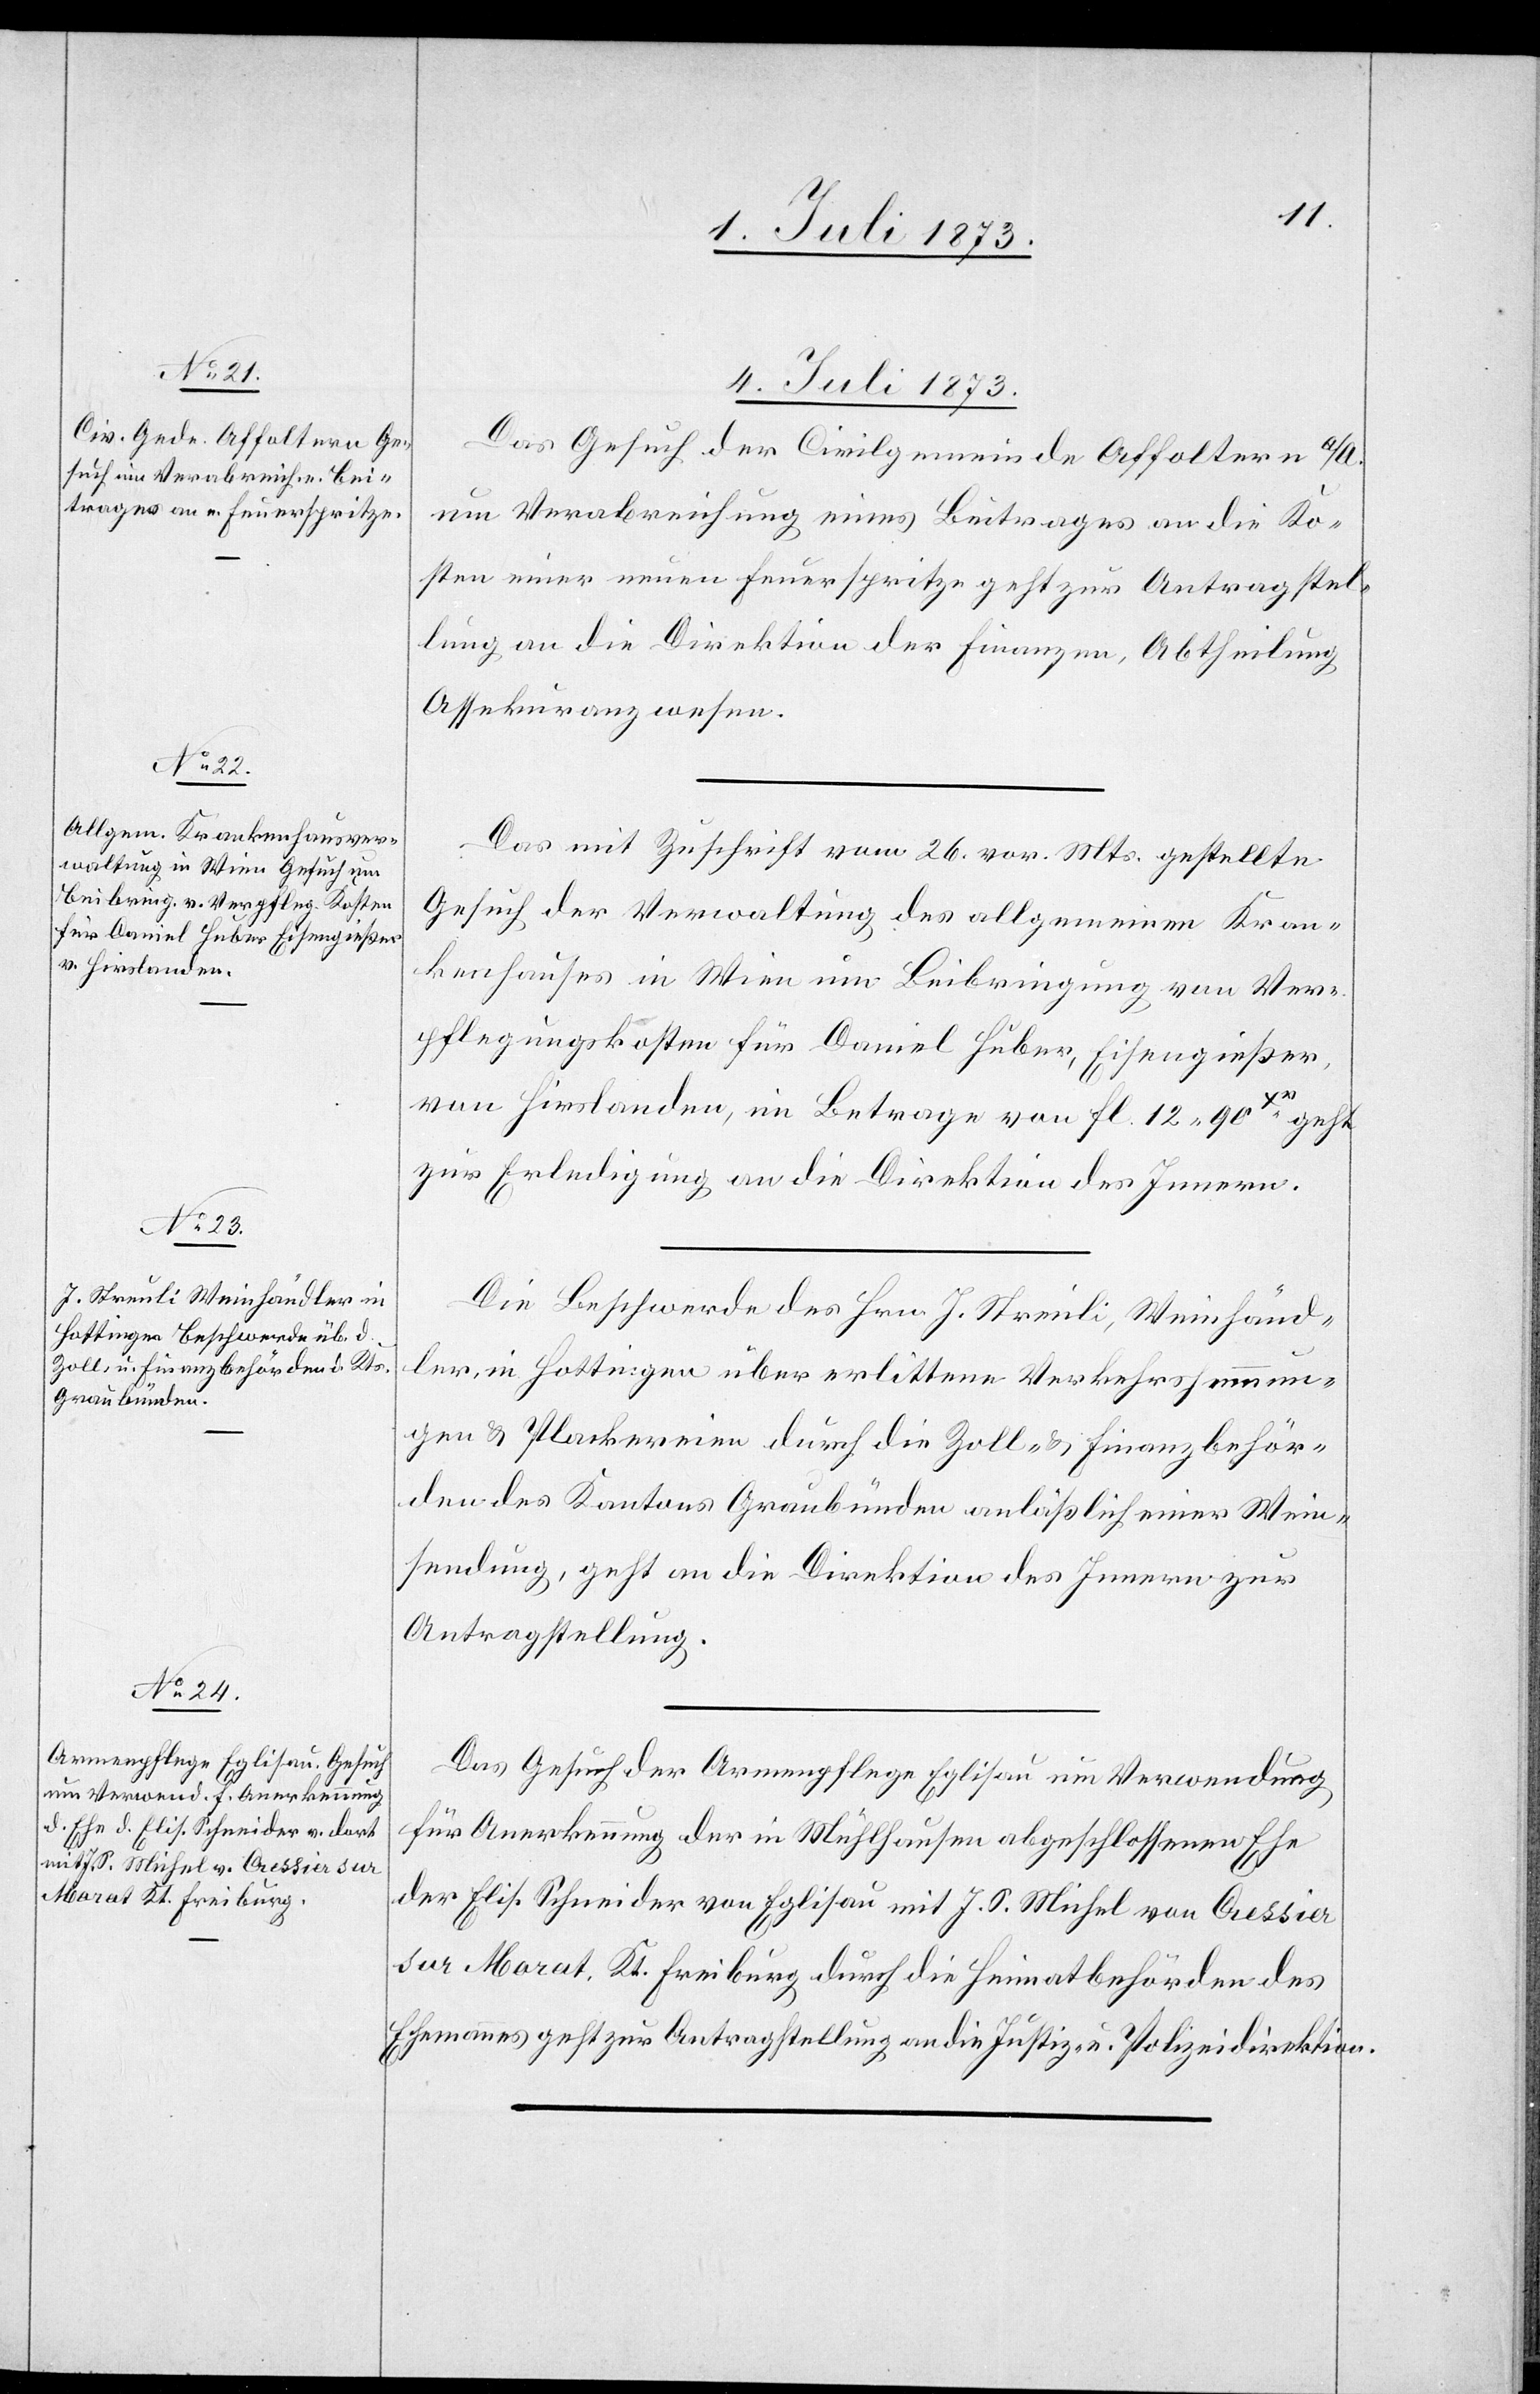
4. Juli 1873.]
Das Gesuch der Civilgemeinde Affoltern a/A.
um Verabreichung eines Beitrages an die Ko¬
sten einer neuen Feuerspritze geht zur Antragstel¬
lung an die Direktion der Finanzen, Abtheilung
Assekuranzwesen.
Das mit Zuschrift vom 26. vor. Mts. gestellte
Gesuch der Verwaltung des allgemeinen Kran¬
kenhauses in Wien um Beibringung von Ver¬
pflegungskosten für Daniel Huber, Eisengießer
von Hirslanden, im Betrage von Fl. 12 90Xr geht
zur Erledigung an die Direktion des Innern.
Die Beschwerde des Hrn. J. Streuli, Weinhänd¬
ler, in Hottingen über erlittene Verkehrshemmun¬
gen & Plackereien durch die Zoll- & Finanzbehör¬
den des Kantons Graubünden anläßlich einer Wein¬
sendung, geht an die Direktion des Innern zur
Antragstellung.
Das Gesuch der Armenpflege Eglisau um Verwendung
für Anerkennung der in Mühlhausen abgeschlossenen Ehe
der Elis. Schneider von Eglisau mit J. S. Michel von Cressier
sur Morat, Kt. Freiburg durch die Heimatbehörden des
Ehemannes geht zur Antragstellung an die Justiz- & Polizeidirektion.